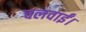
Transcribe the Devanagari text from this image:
चलवाईं।